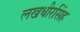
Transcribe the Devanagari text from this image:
लखधीरसिंह